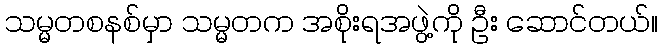
သမ္မတစနစ်မှာ သမ္မတက အစိုးရအဖွဲ့ကို ဦး ဆောင်တယ်။